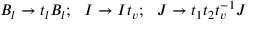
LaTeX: B _ { l } \rightarrow t _ { l } B _ { l } ; \, \, \, \, I \rightarrow I t _ { v } ; \, \, \, \, J \rightarrow t _ { 1 } t _ { 2 } t _ { v } ^ { - 1 } J